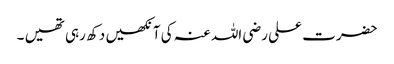
حضرت علی رضی اللہ عنہ کی آنکھیں دکھ رہی تھیں ۔